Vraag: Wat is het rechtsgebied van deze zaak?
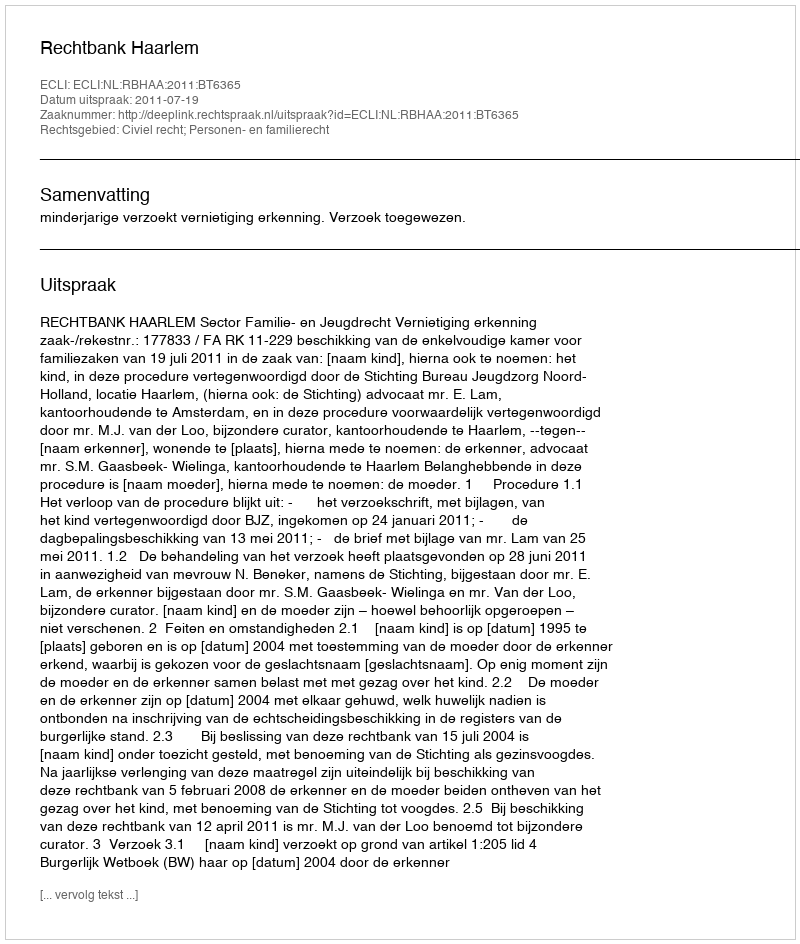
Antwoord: Civiel recht; Personen- en familierecht